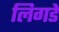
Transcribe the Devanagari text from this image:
लिगडे